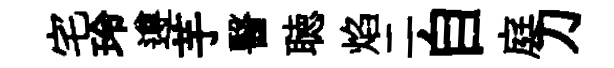
宅玲遵芋醫聴焰二自庭刀